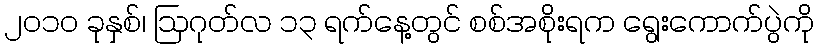
၂၀၁၀ ခုနှစ်၊ ဩဂုတ်လ ၁၃ ရက်နေ့တွင် စစ်အစိုးရက ရွေးကောက်ပွဲကို